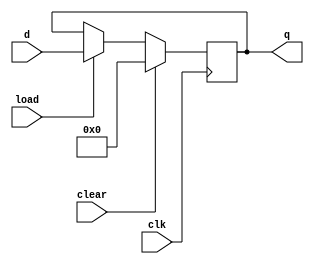
`timescale 1ns / 1ps
//////////////////////////////////////////////////////////////////////////////////
// Company: 
// Engineer: 
// 
// Design Name: 
// Module Name: register_4bit_clear
// Project Name: 
// Target Devices: 
// Tool Versions: 
// Description: 
// 
// Dependencies: 
// 
// Revision:
// Revision 0.01 - File Created
// Additional Comments:
// 
//////////////////////////////////////////////////////////////////////////////////


module register_4bit_clear(d,clk,load,clear,q);
    input [3:0] d;
    input clk,load,clear;
    output reg [3:0] q;
    
    always@(posedge clk)
    begin
        if(clear)
            q<=4'b0000;
        else 
            begin
                if(load)
                    q=d;
                else
                    q=q;
            end
    end
endmodule